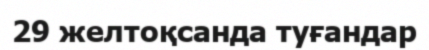
29 желтоқсанда туғандар